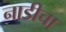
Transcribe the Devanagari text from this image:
नाडीचा